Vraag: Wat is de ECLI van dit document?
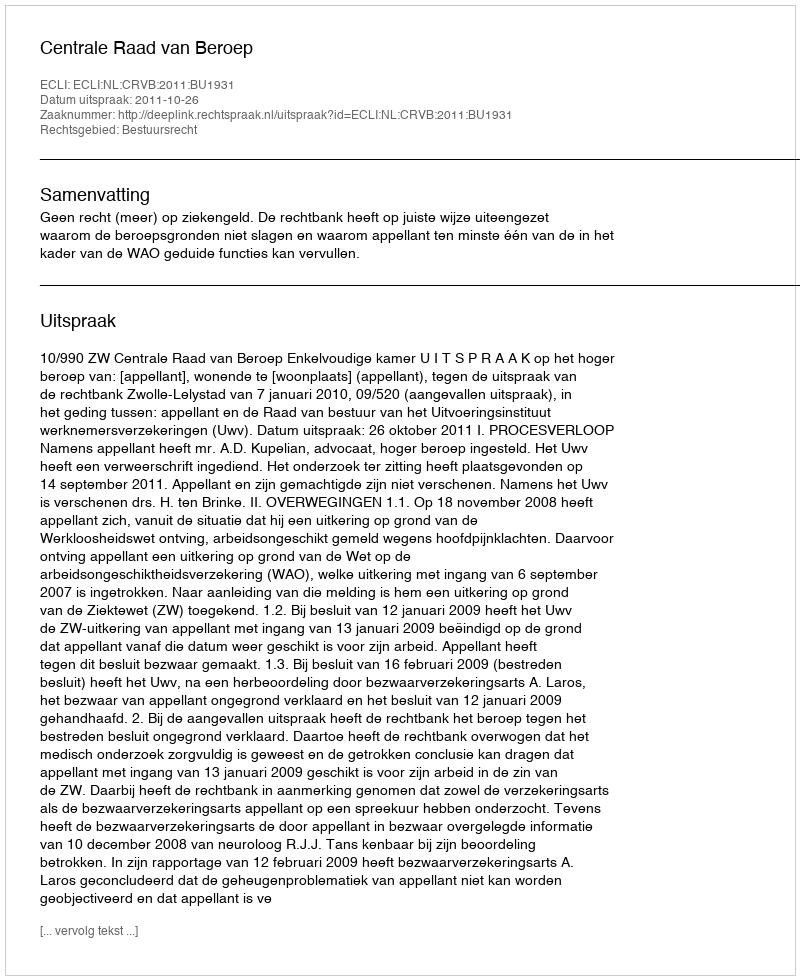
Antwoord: ECLI:NL:CRVB:2011:BU1931